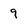
Character: 9